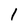
Character: 1